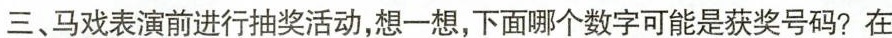
三、马戏表演前进行抽奖活动，想一想，下面哪个数字可能是获奖号码?在